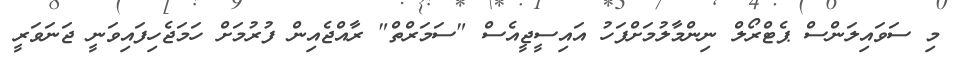
މި ސަވައިލަންސް ޕެޓްރޯލް ނިންމާލުމަށްފަހު އައިސީޖީއެސް "ސަމަރްތް" ރާއްޖެއިން ފުރުމަށް ހަމަޖެހިފައިވަނީ ޖަނަވަރީ